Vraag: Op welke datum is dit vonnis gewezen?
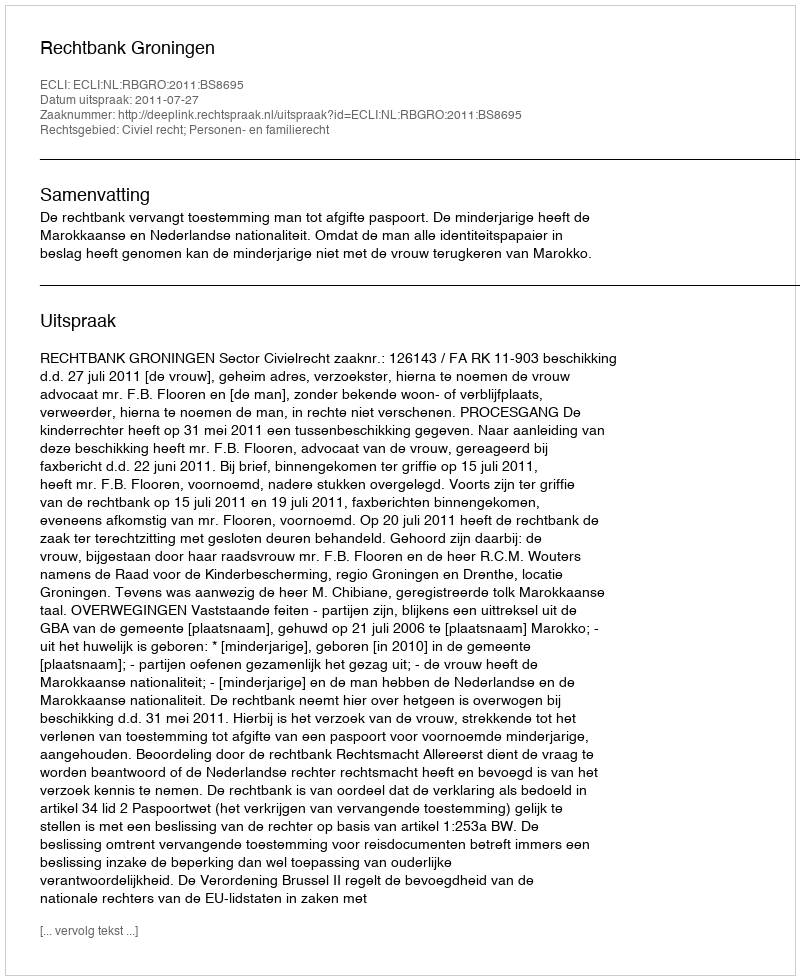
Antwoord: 2011-07-27